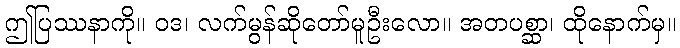
ဤပြဿနာကို။ ဝဒ၊ လက်မွန်ဆိုတော်မူဦးလော။ အတပစ္ဆာ၊ ထိုနောက်မှ။